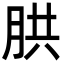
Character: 㬴